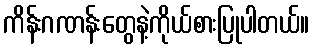
ကိန်းဂဏန်းတွေနဲ့ကိုယ်စားပြုပါတယ်။